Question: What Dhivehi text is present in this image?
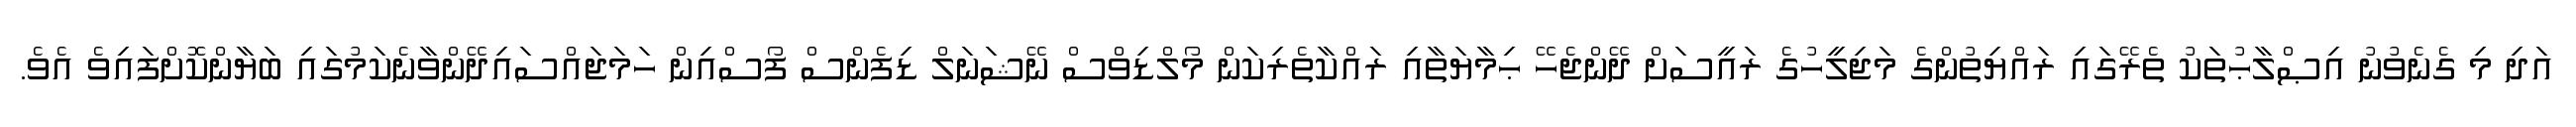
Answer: އަދި މި ގެނެވުނު އިޞްލާޙުތަކު ތެރޭގައި ރައްޔިތުންގެ މަޖިލީހުގެ ރައީސަށް ދޭންޖެހޭ ޙިމާޔަތާއި ރައްކާތެރިކަން މޯލްޑިވްސް ނޭޝަނަލް ޑިފެންސް ފޯސްއިން ހަމަޖައްސައިދޭންވާނެކަމުގައި ބަޔާންކޮށްފައިވެ އެވެ.